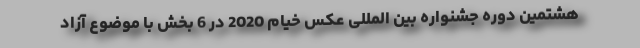
هشتمین دوره جشنواره بین المللی عکس خیام 2020 در 6 بخش با موضوع آزاد